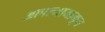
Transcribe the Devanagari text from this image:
आपल्यामागून